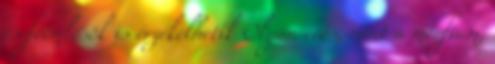
és főemlősök is érzékelhetik Olyan erős, mint a morfium,